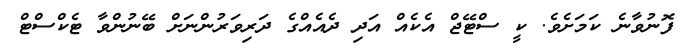
ފޮނުވާނެ ކަމަށެވެ. ކީ ސްޓޭޖް އެކެއް އަދި ދެއެއްގެ ދަރިވަރުންނަށް ބޭނުންވާ ޓެކްސްޓް